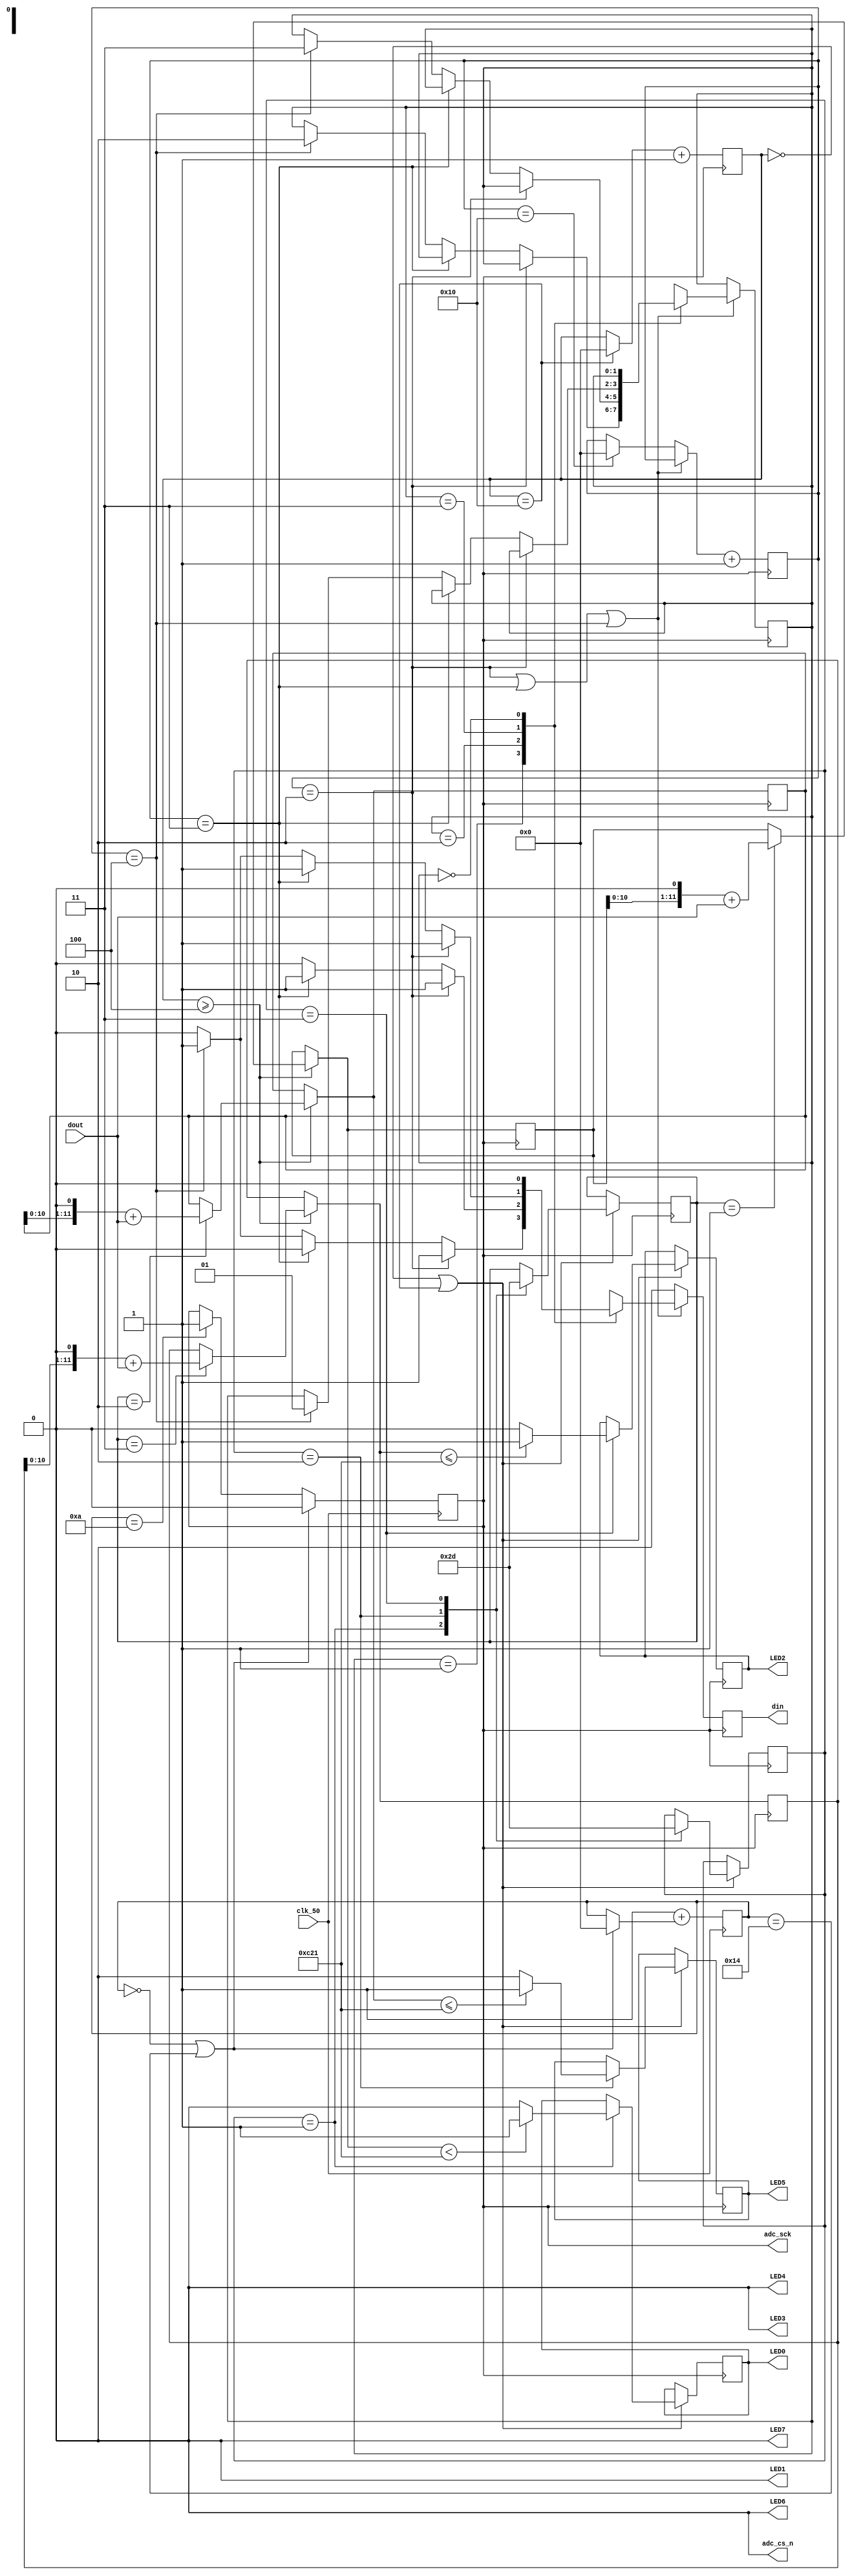
// SB : Task 2 A : ADC
/*
Instructions
-------------------
Students are not allowed to make any changes in the Module declaration.
This file is used to design ADC Controller.
Recommended Quartus Version : 19.1
The submitted project file must be 19.1 compatible as the evaluation will be done on Quartus Prime Lite 19.1.
Warning: The error due to compatibility will not be entertained.
-------------------
*/

//ADC Controller design
//Inputs  : clk_50 : 50 MHz clock, dout : digital output from ADC128S022 (serial 12-bit)
//Output  : adc_cs_n : Chip Select, din : Ch. address input to ADC128S022, adc_sck : 2.5 MHz ADC clock,
//				d_out_ch5, d_out_ch6, d_out_ch7 : 12-bit output of ch. 5,6 & 7,
//				data_frame : To represent 16-cycle frame (optional)

//////////////////DO NOT MAKE ANY CHANGES IN MODULE//////////////////
module line_sensor(
	input  clk_50,				//50 MHz clock
	input  dout,				//digital output from ADC128S022 (serial 12-bit)
	output adc_cs_n,			//ADC128S022 Chip Select
	output din,					//Ch. address input to ADC128S022 (serial)
	output adc_sck,			//2.5 MHz ADC clock
	output LED0  ,
	output LED1  ,
	output LED2  ,
	output LED3  ,
	output LED4  ,
	output LED5  ,
	output LED6  ,
	output LED7  
);
	
////////////////////////WRITE YOUR CODE FROM HERE////////////////////

reg [4:0]counter_25 = 5'b0 ;
reg ADC_SCK = 0 ;
assign adc_sck = ADC_SCK ; 

reg [5:0]frame_counter = 6'b0 ;
reg [1:0]DATA_FRAME =	2'b01 ;
assign data_frame = DATA_FRAME ;

wire [1:0]chip_select = 2'b0 ;
assign adc_cs_n = chip_select ;

reg address = 0;
assign din = address ;
reg [4:0]address_counter = 5'b00 ;

localparam df_1 = 2'b01 ,
			  df_2 = 2'b10 ,
			  df_3 = 2'b11 ,
			  df_end = 2'b00 ;
reg [1:0]cs = df_1 ;

reg [4:0]channel_counter = 5'b00 ;
//reg [11:0]Data = 12'b00 ;
localparam channel_1 = 2'b01 ,   // <== channel 5
			  channel_2 = 2'b10 ,	// <== channel 6
			  channel_3 = 2'b11 ;	// <== channel 7
reg [1:0]cc = channel_1 ;

reg [11:0]Data_ch5 = 0; 
reg [11:0]Data_ch6 = 0;
reg [11:0]Data_ch7 = 0;

 

 localparam data_1 = 2'b01 ,   // <== data_channel 5
			  data_2 = 2'b10 ,	// <== data_channel 6
			  data_3 = 2'b11 ;	// <== data_channel 7

reg [1:0]cf = data_1 ;

reg [11:0]Data_1 = 0; 
reg [11:0]Data_2 = 0;
reg [11:0]Data_3 = 0;


reg led0 = 0 ;
reg led1 = 0 ;
reg led2 = 0 ;
reg led3 = 0 ;
reg led4 = 0 ;
reg led5 = 0 ;
reg led6 = 0 ;
reg led7 = 0 ;

assign LED0 =  led0 ;
assign LED1 =  led1 ;
assign LED2 =  led2 ;
assign LED3 =  led3 ;
assign LED4 =  led4 ;
assign LED5 =  led5 ;
assign LED6 =  led6 ;
assign LED7 =  led7 ;
 
 
always @(negedge clk_50)
begin	
		if ( counter_25 == 5'b0 | counter_25 == 5'b10100)
		begin
			ADC_SCK = 0 ;
			counter_25 = 5'b0 ;
			
		end 
		
		else if ( counter_25 == 5'b01010) 
		begin
			ADC_SCK = 1 ;
		end
		
		counter_25 = 5'b1 + counter_25 ;
end


always @( negedge adc_sck)
begin
	if (frame_counter == 6'b0 | frame_counter == 6'b110000 )
		begin 
			DATA_FRAME = 2'b01 ;
			frame_counter = 6'b0 ;
		end
	else if (frame_counter == 6'b010000)
		begin
			DATA_FRAME = 2'b10 ;
		end
	else if (frame_counter == 6'b100000)
		begin
			DATA_FRAME = 2'b11 ;
		
		end 
		frame_counter = frame_counter + 6'b1 ;
end 


always @(negedge adc_sck)
begin
   address = 0 ;
	if (address_counter == 5'b10 | address_counter == 5'b11 | address_counter == 5'b100)
	begin
		case (cs)
			
			df_1 : begin
			if (address_counter == 5'b10) begin address = 1 ;end 
			else if (address_counter == 5'b11) begin address = 0; end 
			else if (address_counter == 5'b100) begin address = 1 ; cs = df_2; end 
			       end 
					 
			df_2 : begin
			if (address_counter == 5'b10) begin address = 1 ;end 
			else if (address_counter == 5'b11) begin address = 1 ; end 
			else if (address_counter == 5'b100) begin address = 0 ; cs = df_3 ;end 
			       end 
					 
			df_3 : begin
			if (address_counter == 5'b10) begin address = 1 ;end 
			else if (address_counter == 5'b11) begin address = 1 ;end 
			else if (address_counter == 5'b100) begin address = 1 ; cs = df_1 ;end 
			      end
					
			df_end:
				address = 0 ;
	endcase 
	end
	else if (address_counter == 5'b10000)
	begin 
		address_counter = 0 ;
	end
	address_counter = address_counter + 1 ;
end 	
		

always @(negedge adc_sck)
begin

	if (channel_counter >= 5'b100)
	begin
		case (cf)
			
			data_1 : begin	
						Data_1 = Data_1 << 1 ;
						Data_1 = Data_1 + dout ;
			         end
			
			
			data_2 : begin	
						Data_2 = Data_2 << 1 ;
						Data_2 = Data_2 + dout ;
			         end
			
			data_3 : begin	
						Data_3 = Data_3 << 1 ;
						Data_3 = Data_3 + dout ;
			         end
			
	endcase 	
	end
	

	if (channel_counter == 5'b00 | channel_counter == 5'b10000 )
	begin
		case (cc)
		
		channel_1 : begin
						Data_ch6 = Data_1  ;
						cc = channel_2 ;
						cf = data_2 ;
						
						if (Data_ch6 < 12'b110000100001 )
						begin
					   led0 = 1 ;
						end
						
					   else 
						begin
						led0 = 0 ;
			         end
			
						end 
						
		channel_2 :
						begin 
						Data_ch7 = Data_2  ;
						cc = channel_3 ;
						cf = data_3 ;
						
						if (Data_2 <= 12'b110000100001 )
						begin
					   led5 = 1 ;
						end
						
					   else 
						begin
						led5 = 0 ;
			         end
			
						end 
		channel_3 : 
						begin 
						Data_ch5 = Data_3 ;
						cc = channel_1 ;
						cf = data_1 ;
						
						if (Data_3 <= 12'b110000100001 )
						begin
					   led2 = 1 ;
						end
						
					   else 
						begin
						led2 = 0 ;
			         end
						
						end 					
		endcase 
	 end
	
	
	if (channel_counter == 5'b10000)
	begin 
		channel_counter = 5'b00 ;
	end
	
	channel_counter = channel_counter + 1 ;
end

////////////////////////YOUR CODE ENDS HERE//////////////////////////
endmodule
///////////////////////////////MODULE ENDS///////////////////////////